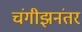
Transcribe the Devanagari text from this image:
चंगीझनंतर